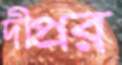
দীপ্রর